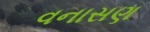
વનાસણ